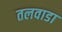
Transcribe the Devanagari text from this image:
तलवाडा